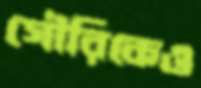
গৌরিকেও